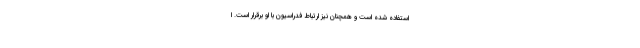
استفاده شده است‌ و همچنان نیز ارتباط فدراسیون با او برقرار است. ا